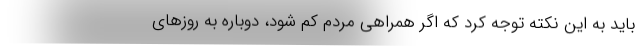
باید به این نکته توجه کرد که اگر همراهی مردم کم شود، دوباره به روزهای